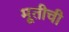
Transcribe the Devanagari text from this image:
मूतीची